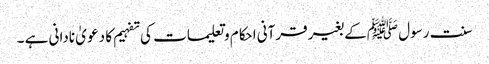
سنت رسول ﷺکے بغیر قرآنی احکام وتعلیمات کی تفہیم کا دعو یٰ نادانی ہے ۔